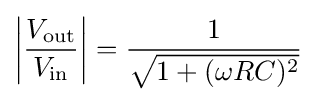
\left|{\frac {V_{\mathrm {out} }}{V_{\mathrm {in} }}}\right|={\frac {1}{\sqrt {1+(\omega RC)^{2}}}}\